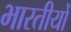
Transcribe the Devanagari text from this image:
भारतीयोँ